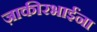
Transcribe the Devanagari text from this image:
ज़ाकीरभाईंना